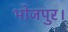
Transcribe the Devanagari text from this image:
भोजपुर।